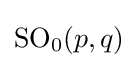
{\text{SO}}_{0}(p,q)